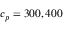
c _ { p } = 3 0 0 , 4 0 0